Civil Veterinary Department Bengal reports 1923-33 - 1923-1933
Year: 1923
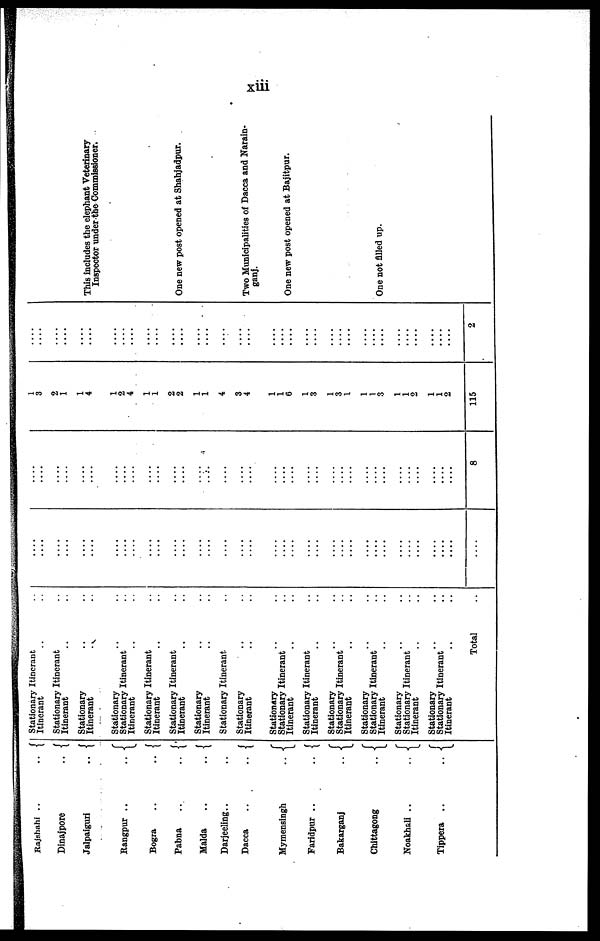
xiii
Rajshahi
..
..
Dinajpore
..
..
Jalpaiguri
..
Rangpur
..
..
Bogra
..
..
Pabna
..
..
Malda
..
..
Darjeeling .. ..
Dacca
..
..
Mymensingh
..
Faridpur
..
..
Bakarganj
..
Chittagong
..
Noakhali
..
..
Tippera
..
..
Stationary Itinerant ..
Itinerant .. ..
Stationary Itinerant ..
Itinerant .. ..
Stationary .. ..
Itinerant
..
..
Stationary .. ..
Stationary Itinerant ..
Itinerant .. ..
Stationary Itinerant ..
Itinerant .. ..
Stationary Itinerant ..
Itinerant .. ..
Stationary .. ..
Itinerant .. ..
Stationary Itinerant ..
Stationary .. ..
Itinerant .. ..
Stationary .. ..
Stationary Itinerant ..
Itinerant .. ..
Stationary Itinerant ..
Itinerant .. ..
Stationary .. ..
Stationary Itinerant ..
Itinerant .. ..
Stationary .. ..
Stationary Itinerant ..
Itinerant .. ..
Stationary .. ..
Stationary Itinerant ..
Itinerant .. ..
Stationary .. ..
Stationary Itinerant .. ..
Itinerant .. ..
Total ..
....
....
....
....
....
....
....
....
....
....
....
....
....
....
....
....
....
....
....
....
....
....
....
....
....
....
....
....
.... ....
....
....
....
....
....
....
....
....
....
....
....
....
....
....
....
....
....
....
....
....
....
....
....
....
....
....
....
....
....
....
....
....
....
....
.... ....
....
....
....
....
....
8
1
3
2
1
1
4
1
2
4
1
1
2
2
1
1
4
3
4
1
1
6
1
3
1
3
1
1
1
3
1
1
2
1
1
2
115
....
....
....
....
....
....
....
....
....
....
....
....
....
....
....
....
....
....
....
....
....
....
....
....
....
....
....
....
.... ....
....
....
....
....
....
2
This includes the elephant Veterinary
Inspector under the Commissioner.
One new post opened at Shahjadpur.
Two Municipalities of Dacca and Narain-
ganj.
One new post opened at Bajitpur.
One not filled up.